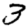
Digit: 3